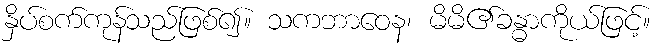
နှိပ်စက်ကုန်သည်ဖြစ်၍။ သကဘာဝေန၊ မိမိ၏ခန္ဓာကိုယ်ဖြင့်။